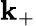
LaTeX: \mathbf{k}_{+}